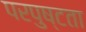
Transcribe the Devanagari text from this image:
परपुष्टता